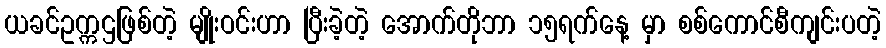
ယခင်ဥက္ကဌဖြစ်တဲ့ မျိုးဝင်းဟာ ပြီးခဲ့တဲ့ အောက်တိုဘာ ၁၅ရက်နေ့ မှာ စစ်ကောင်စီကျင်းပတဲ့